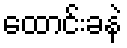
ထောင်းခနဲ